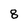
Character: 8